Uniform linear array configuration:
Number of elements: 12
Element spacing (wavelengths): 0.5
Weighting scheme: kaiser
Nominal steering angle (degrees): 60
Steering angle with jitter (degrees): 60.363
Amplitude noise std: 0.05
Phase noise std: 0.05

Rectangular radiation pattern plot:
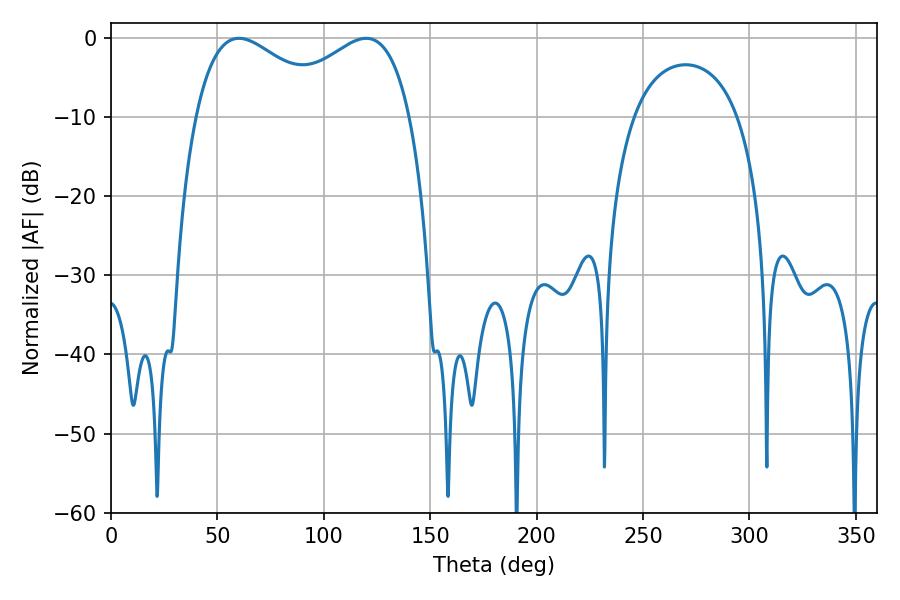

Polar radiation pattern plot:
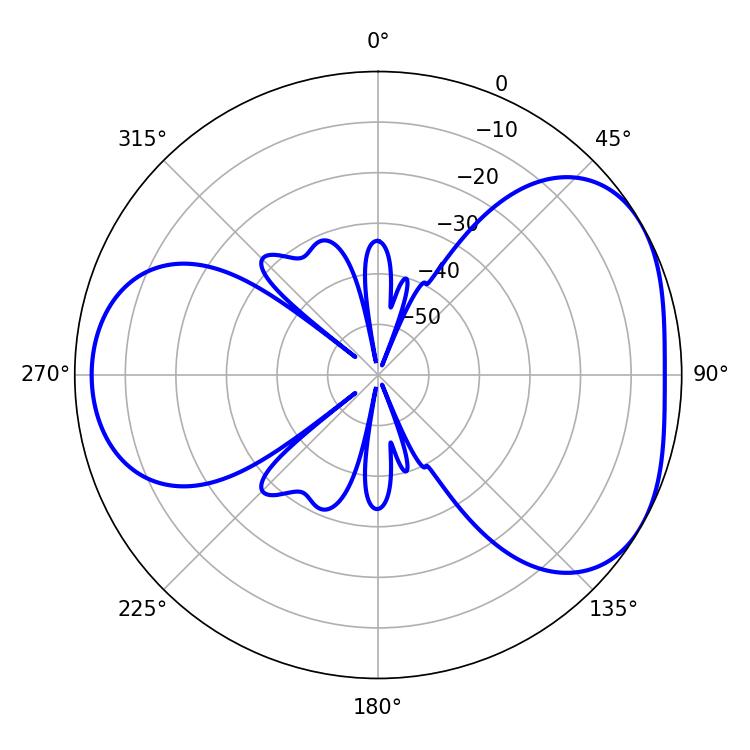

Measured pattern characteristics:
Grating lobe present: FALSE
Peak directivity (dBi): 4.249
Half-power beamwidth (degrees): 35.64
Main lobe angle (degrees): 60.12